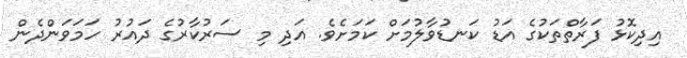
އިދިކޮޅު ފަރާތްތަކުގެ އަޑު ކަނޑުވާލުމަށް ކަމަށެވެ. އަދި މި ސަރުކާރުގެ ދައުރު ހަމަވަންދެން